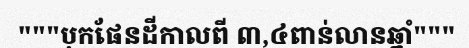
"""បុកផែនដីកាលពី ៣,៤ពាន់លានឆ្នាំ"""